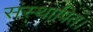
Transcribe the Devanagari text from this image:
संस्थापित।